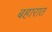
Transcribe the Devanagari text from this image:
बहारात